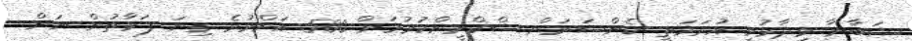
ޝަބާނާ ވިދާޅުވީ އުރަމަތީ ކެންސަރަށް ސްކްރީންކުރުމަށް 500 އަށްވުރެ ގިނަ ފަރާތުން ނަން